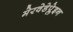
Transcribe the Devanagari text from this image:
मेरवेडेप्लेइन